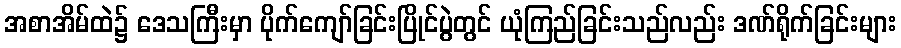
အစာအိမ်ထဲ၌ ဒေသကြီးမှာ ပိုက်ကျော်ခြင်းပြိုင်ပွဲတွင် ယုံကြည်ခြင်းသည်လည်း ဒဏ်ရိုက်ခြင်းများ